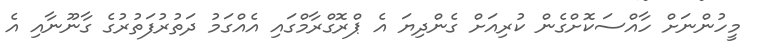
މީހުންނަށް ހާއްސަކޮށްގެން ކުރިއަށް ގެންދިޔަ އެ ޕްރޮގްރާމްގައި އެއްގަމު ދަތުރުފަތުރުގެ ގާނޫނާއި އެ